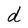
Character: d